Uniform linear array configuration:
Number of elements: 32
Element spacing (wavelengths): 0.5
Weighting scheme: blackman
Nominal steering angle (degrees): -45
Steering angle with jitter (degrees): -43.834
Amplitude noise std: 0.05
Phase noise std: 0.05

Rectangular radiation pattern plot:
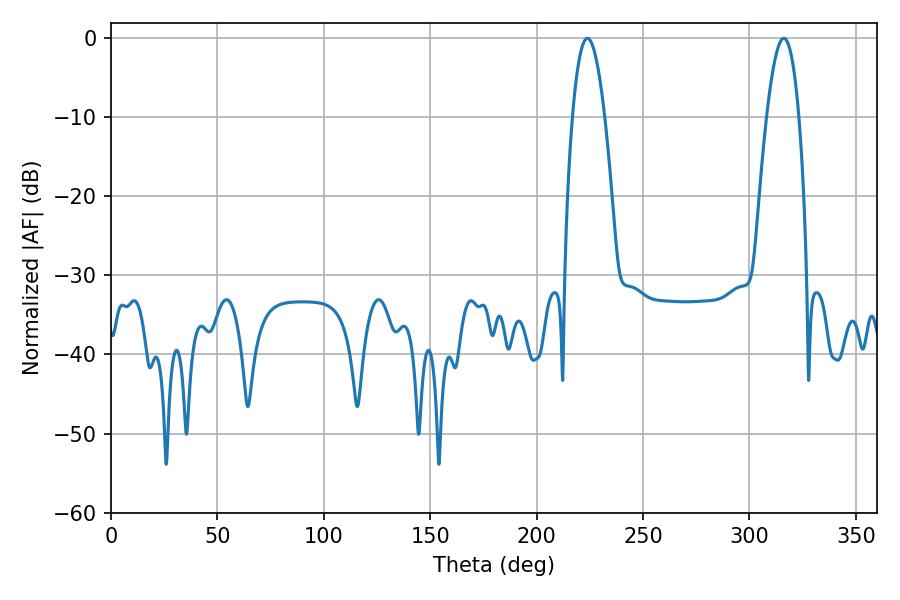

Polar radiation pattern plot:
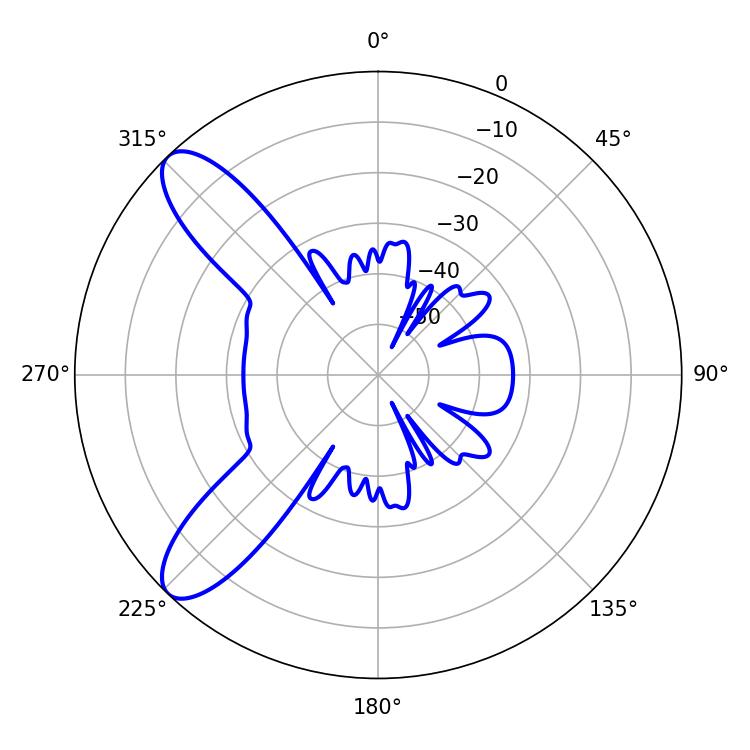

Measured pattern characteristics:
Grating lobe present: FALSE
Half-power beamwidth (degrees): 8.46
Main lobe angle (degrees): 223.92